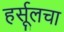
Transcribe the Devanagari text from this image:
हर्सूलचा